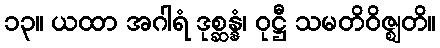
၁၃။ ယထာ အဂါရံ ဒုစ္ဆန္နံ၊ ဝုဋ္ဌီ သမတိဝိဇ္ဈတိ။